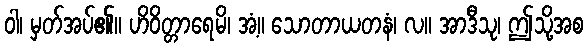
ဝါ၊ မှတ်အပ်၏။ ဟိဝိတ္တာရေမိ၊ အံ့။ သောတာယတနံ၊ လ။ အာဒီသု၊ ဤသို့အစ